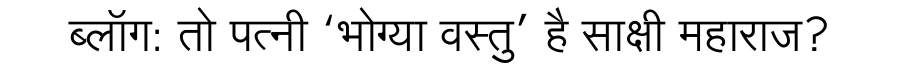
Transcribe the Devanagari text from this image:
ब्लॉग: तो पत्नी ‘भोग्या वस्तु’ है साक्षी महाराज?